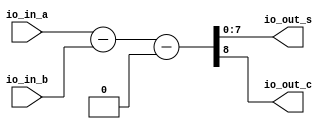
module full_subber(
  input  [7:0] io_in_a,
  input  [7:0] io_in_b,
  output [7:0] io_out_s,
  output       io_out_c
);
  wire [8:0] _result_T = io_in_a - io_in_b; // @[BinaryDesigns.scala 69:23]
  wire [9:0] _result_T_2 = _result_T - 9'h0; // @[BinaryDesigns.scala 69:34]
  wire [8:0] result = _result_T_2[8:0]; // @[BinaryDesigns.scala 68:22 69:12]
  assign io_out_s = result[7:0]; // @[BinaryDesigns.scala 70:23]
  assign io_out_c = result[8]; // @[BinaryDesigns.scala 71:23]
endmodule
module twoscomplement(
  input  [7:0] io_in,
  output [7:0] io_out
);
  wire [7:0] _x_T = ~io_in; // @[BinaryDesigns.scala 25:16]
  assign io_out = 8'h1 + _x_T; // @[BinaryDesigns.scala 25:14]
endmodule
module full_adder(
  input  [23:0] io_in_a,
  input  [23:0] io_in_b,
  output [23:0] io_out_s,
  output        io_out_c
);
  wire [24:0] _result_T = io_in_a + io_in_b; // @[BinaryDesigns.scala 55:23]
  wire [25:0] _result_T_1 = {{1'd0}, _result_T}; // @[BinaryDesigns.scala 55:34]
  wire [24:0] result = _result_T_1[24:0]; // @[BinaryDesigns.scala 54:22 55:12]
  assign io_out_s = result[23:0]; // @[BinaryDesigns.scala 56:23]
  assign io_out_c = result[24]; // @[BinaryDesigns.scala 57:23]
endmodule
module twoscomplement_1(
  input  [23:0] io_in,
  output [23:0] io_out
);
  wire [23:0] _x_T = ~io_in; // @[BinaryDesigns.scala 25:16]
  assign io_out = 24'h1 + _x_T; // @[BinaryDesigns.scala 25:14]
endmodule
module shifter(
  input  [23:0] io_in_a,
  input  [4:0]  io_in_b,
  output [23:0] io_out_s
);
  wire [23:0] _result_T = io_in_a >> io_in_b; // @[BinaryDesigns.scala 39:25]
  wire [54:0] _GEN_0 = {{31'd0}, _result_T}; // @[BinaryDesigns.scala 38:26 39:14 41:14]
  assign io_out_s = _GEN_0[23:0]; // @[BinaryDesigns.scala 36:22]
endmodule
module leadingOneDetector(
  input  [23:0] io_in,
  output [4:0]  io_out
);
  wire [1:0] _hotValue_T = io_in[1] ? 2'h2 : 2'h1; // @[Mux.scala 47:70]
  wire [1:0] _hotValue_T_1 = io_in[2] ? 2'h3 : _hotValue_T; // @[Mux.scala 47:70]
  wire [2:0] _hotValue_T_2 = io_in[3] ? 3'h4 : {{1'd0}, _hotValue_T_1}; // @[Mux.scala 47:70]
  wire [2:0] _hotValue_T_3 = io_in[4] ? 3'h5 : _hotValue_T_2; // @[Mux.scala 47:70]
  wire [2:0] _hotValue_T_4 = io_in[5] ? 3'h6 : _hotValue_T_3; // @[Mux.scala 47:70]
  wire [2:0] _hotValue_T_5 = io_in[6] ? 3'h7 : _hotValue_T_4; // @[Mux.scala 47:70]
  wire [3:0] _hotValue_T_6 = io_in[7] ? 4'h8 : {{1'd0}, _hotValue_T_5}; // @[Mux.scala 47:70]
  wire [3:0] _hotValue_T_7 = io_in[8] ? 4'h9 : _hotValue_T_6; // @[Mux.scala 47:70]
  wire [3:0] _hotValue_T_8 = io_in[9] ? 4'ha : _hotValue_T_7; // @[Mux.scala 47:70]
  wire [3:0] _hotValue_T_9 = io_in[10] ? 4'hb : _hotValue_T_8; // @[Mux.scala 47:70]
  wire [3:0] _hotValue_T_10 = io_in[11] ? 4'hc : _hotValue_T_9; // @[Mux.scala 47:70]
  wire [3:0] _hotValue_T_11 = io_in[12] ? 4'hd : _hotValue_T_10; // @[Mux.scala 47:70]
  wire [3:0] _hotValue_T_12 = io_in[13] ? 4'he : _hotValue_T_11; // @[Mux.scala 47:70]
  wire [3:0] _hotValue_T_13 = io_in[14] ? 4'hf : _hotValue_T_12; // @[Mux.scala 47:70]
  wire [4:0] _hotValue_T_14 = io_in[15] ? 5'h10 : {{1'd0}, _hotValue_T_13}; // @[Mux.scala 47:70]
  wire [4:0] _hotValue_T_15 = io_in[16] ? 5'h11 : _hotValue_T_14; // @[Mux.scala 47:70]
  wire [4:0] _hotValue_T_16 = io_in[17] ? 5'h12 : _hotValue_T_15; // @[Mux.scala 47:70]
  wire [4:0] _hotValue_T_17 = io_in[18] ? 5'h13 : _hotValue_T_16; // @[Mux.scala 47:70]
  wire [4:0] _hotValue_T_18 = io_in[19] ? 5'h14 : _hotValue_T_17; // @[Mux.scala 47:70]
  wire [4:0] _hotValue_T_19 = io_in[20] ? 5'h15 : _hotValue_T_18; // @[Mux.scala 47:70]
  wire [4:0] _hotValue_T_20 = io_in[21] ? 5'h16 : _hotValue_T_19; // @[Mux.scala 47:70]
  wire [4:0] _hotValue_T_21 = io_in[22] ? 5'h17 : _hotValue_T_20; // @[Mux.scala 47:70]
  assign io_out = io_in[23] ? 5'h18 : _hotValue_T_21; // @[Mux.scala 47:70]
endmodule
module FP_adder(
  input         clock,
  input         reset,
  input  [31:0] io_in_a,
  input  [31:0] io_in_b,
  output [31:0] io_out_s
);
`ifdef RANDOMIZE_REG_INIT
  reg [31:0] _RAND_0;
`endif // RANDOMIZE_REG_INIT
  wire [7:0] subber_io_in_a; // @[FloatingPointDesigns.scala 78:24]
  wire [7:0] subber_io_in_b; // @[FloatingPointDesigns.scala 78:24]
  wire [7:0] subber_io_out_s; // @[FloatingPointDesigns.scala 78:24]
  wire  subber_io_out_c; // @[FloatingPointDesigns.scala 78:24]
  wire [7:0] complement_io_in; // @[FloatingPointDesigns.scala 84:28]
  wire [7:0] complement_io_out; // @[FloatingPointDesigns.scala 84:28]
  wire [23:0] adder_io_in_a; // @[FloatingPointDesigns.scala 88:23]
  wire [23:0] adder_io_in_b; // @[FloatingPointDesigns.scala 88:23]
  wire [23:0] adder_io_out_s; // @[FloatingPointDesigns.scala 88:23]
  wire  adder_io_out_c; // @[FloatingPointDesigns.scala 88:23]
  wire [23:0] complementN_0_io_in; // @[FloatingPointDesigns.scala 94:31]
  wire [23:0] complementN_0_io_out; // @[FloatingPointDesigns.scala 94:31]
  wire [23:0] complementN_1_io_in; // @[FloatingPointDesigns.scala 96:31]
  wire [23:0] complementN_1_io_out; // @[FloatingPointDesigns.scala 96:31]
  wire [23:0] shifter_io_in_a; // @[FloatingPointDesigns.scala 100:25]
  wire [4:0] shifter_io_in_b; // @[FloatingPointDesigns.scala 100:25]
  wire [23:0] shifter_io_out_s; // @[FloatingPointDesigns.scala 100:25]
  wire [23:0] complementN_2_io_in; // @[FloatingPointDesigns.scala 145:31]
  wire [23:0] complementN_2_io_out; // @[FloatingPointDesigns.scala 145:31]
  wire [23:0] leadingOneFinder_io_in; // @[FloatingPointDesigns.scala 165:34]
  wire [4:0] leadingOneFinder_io_out; // @[FloatingPointDesigns.scala 165:34]
  wire [7:0] subber2_io_in_a; // @[FloatingPointDesigns.scala 167:25]
  wire [7:0] subber2_io_in_b; // @[FloatingPointDesigns.scala 167:25]
  wire [7:0] subber2_io_out_s; // @[FloatingPointDesigns.scala 167:25]
  wire  subber2_io_out_c; // @[FloatingPointDesigns.scala 167:25]
  wire  sign_0 = io_in_a[31]; // @[FloatingPointDesigns.scala 40:23]
  wire  sign_1 = io_in_b[31]; // @[FloatingPointDesigns.scala 41:23]
  wire [8:0] _T_2 = 9'h100 - 9'h2; // @[FloatingPointDesigns.scala 45:62]
  wire [8:0] _GEN_31 = {{1'd0}, io_in_a[30:23]}; // @[FloatingPointDesigns.scala 45:34]
  wire [8:0] _GEN_0 = _GEN_31 > _T_2 ? _T_2 : {{1'd0}, io_in_a[30:23]}; // @[FloatingPointDesigns.scala 45:68 46:14 48:14]
  wire [8:0] _GEN_32 = {{1'd0}, io_in_b[30:23]}; // @[FloatingPointDesigns.scala 50:34]
  wire [8:0] _GEN_1 = _GEN_32 > _T_2 ? _T_2 : {{1'd0}, io_in_b[30:23]}; // @[FloatingPointDesigns.scala 50:68 51:14 53:14]
  wire [22:0] frac_0 = io_in_a[22:0]; // @[FloatingPointDesigns.scala 58:23]
  wire [22:0] frac_1 = io_in_b[22:0]; // @[FloatingPointDesigns.scala 59:23]
  wire [23:0] whole_frac_0 = {1'h1,frac_0}; // @[FloatingPointDesigns.scala 63:26]
  wire [23:0] whole_frac_1 = {1'h1,frac_1}; // @[FloatingPointDesigns.scala 64:26]
  wire [7:0] exp_1 = _GEN_1[7:0]; // @[FloatingPointDesigns.scala 44:19]
  wire [7:0] exp_0 = _GEN_0[7:0]; // @[FloatingPointDesigns.scala 44:19]
  wire [7:0] out_exp = subber_io_out_c ? exp_1 : exp_0; // @[FloatingPointDesigns.scala 106:34 107:15 117:15]
  wire [7:0] sub_exp = subber_io_out_c ? complement_io_out : subber_io_out_s; // @[FloatingPointDesigns.scala 106:34 108:15 118:15]
  wire  out_s = subber_io_out_c ? sign_1 : sign_0; // @[FloatingPointDesigns.scala 106:34 109:13 119:13]
  wire [22:0] out_frac = subber_io_out_c ? frac_1 : frac_0; // @[FloatingPointDesigns.scala 106:34 110:16 120:16]
  wire [23:0] _GEN_8 = subber_io_out_c ? shifter_io_out_s : whole_frac_0; // @[FloatingPointDesigns.scala 106:34 114:21 89:19]
  wire [23:0] _GEN_9 = subber_io_out_c ? whole_frac_1 : shifter_io_out_s; // @[FloatingPointDesigns.scala 106:34 90:19 124:21]
  wire  _new_s_T = ~adder_io_out_c; // @[FloatingPointDesigns.scala 140:15]
  wire  _D_T_1 = sign_0 ^ sign_1; // @[FloatingPointDesigns.scala 153:39]
  wire  D = _new_s_T | sign_0 ^ sign_1; // @[FloatingPointDesigns.scala 153:28]
  wire  E = _new_s_T & ~adder_io_out_s[23] | _new_s_T & ~_D_T_1 | adder_io_out_c & adder_io_out_s[23] & _D_T_1; // @[FloatingPointDesigns.scala 156:99]
  wire  _GEN_25 = sub_exp >= 8'h17 ? out_s : ~adder_io_out_c & sign_0 | sign_0 & sign_1 | ~adder_io_out_c & sign_1; // @[FloatingPointDesigns.scala 140:11 175:39 176:13]
  wire  new_s = io_in_a[30:0] == 31'h0 & io_in_b[30:0] == 31'h0 ? 1'h0 : _GEN_25; // @[FloatingPointDesigns.scala 171:62 172:13]
  wire [23:0] adder_result = new_s & sign_0 != sign_1 ? complementN_2_io_out : adder_io_out_s; // @[FloatingPointDesigns.scala 159:18 160:47 161:20]
  wire [4:0] _subber2_io_in_b_T_1 = 5'h18 - leadingOneFinder_io_out; // @[FloatingPointDesigns.scala 169:42]
  wire [8:0] _GEN_33 = {{1'd0}, out_exp}; // @[FloatingPointDesigns.scala 183:20]
  wire [23:0] _new_out_frac_T_2 = 24'h800000 - 24'h1; // @[FloatingPointDesigns.scala 185:51]
  wire [7:0] _new_out_exp_T_3 = out_exp + 8'h1; // @[FloatingPointDesigns.scala 187:32]
  wire [8:0] _GEN_13 = _GEN_33 == _T_2 ? _T_2 : {{1'd0}, _new_out_exp_T_3}; // @[FloatingPointDesigns.scala 183:56 184:21 187:21]
  wire [23:0] _GEN_14 = _GEN_33 == _T_2 ? _new_out_frac_T_2 : {{1'd0}, adder_result[23:1]}; // @[FloatingPointDesigns.scala 183:56 185:22 188:22]
  wire [53:0] _GEN_2 = {{31'd0}, adder_result[22:0]}; // @[FloatingPointDesigns.scala 199:57]
  wire [53:0] _new_out_frac_T_7 = _GEN_2 << _subber2_io_in_b_T_1; // @[FloatingPointDesigns.scala 199:57]
  wire [7:0] _GEN_15 = subber2_io_out_c ? 8'h1 : subber2_io_out_s; // @[FloatingPointDesigns.scala 194:39 195:23 198:23]
  wire [53:0] _GEN_16 = subber2_io_out_c ? 54'h400000 : _new_out_frac_T_7; // @[FloatingPointDesigns.scala 194:39 196:24 199:24]
  wire [7:0] _GEN_17 = leadingOneFinder_io_out == 5'h1 & adder_result == 24'h0 & (_D_T_1 & io_in_a[30:0] == io_in_b[30:0
    ]) ? 8'h0 : _GEN_15; // @[FloatingPointDesigns.scala 191:141 192:21]
  wire [53:0] _GEN_18 = leadingOneFinder_io_out == 5'h1 & adder_result == 24'h0 & (_D_T_1 & io_in_a[30:0] == io_in_b[30:
    0]) ? 54'h0 : _GEN_16; // @[FloatingPointDesigns.scala 191:141 141:18]
  wire [7:0] _GEN_19 = D ? _GEN_17 : 8'h0; // @[FloatingPointDesigns.scala 142:17 190:26]
  wire [53:0] _GEN_20 = D ? _GEN_18 : 54'h0; // @[FloatingPointDesigns.scala 141:18 190:26]
  wire [8:0] _GEN_21 = ~D ? _GEN_13 : {{1'd0}, _GEN_19}; // @[FloatingPointDesigns.scala 182:26]
  wire [53:0] _GEN_22 = ~D ? {{30'd0}, _GEN_14} : _GEN_20; // @[FloatingPointDesigns.scala 182:26]
  wire [8:0] _GEN_23 = E ? {{1'd0}, out_exp} : _GEN_21; // @[FloatingPointDesigns.scala 179:26 180:19]
  wire [53:0] _GEN_24 = E ? {{31'd0}, adder_result[22:0]} : _GEN_22; // @[FloatingPointDesigns.scala 179:26 181:20]
  wire [53:0] _GEN_26 = sub_exp >= 8'h17 ? {{31'd0}, out_frac} : _GEN_24; // @[FloatingPointDesigns.scala 175:39 177:20]
  wire [8:0] _GEN_27 = sub_exp >= 8'h17 ? {{1'd0}, out_exp} : _GEN_23; // @[FloatingPointDesigns.scala 175:39 178:19]
  wire [8:0] _GEN_29 = io_in_a[30:0] == 31'h0 & io_in_b[30:0] == 31'h0 ? 9'h0 : _GEN_27; // @[FloatingPointDesigns.scala 171:62 173:19]
  wire [53:0] _GEN_30 = io_in_a[30:0] == 31'h0 & io_in_b[30:0] == 31'h0 ? 54'h0 : _GEN_26; // @[FloatingPointDesigns.scala 171:62 174:20]
  reg [31:0] reg_out_s; // @[FloatingPointDesigns.scala 203:28]
  wire [7:0] new_out_exp = _GEN_29[7:0]; // @[FloatingPointDesigns.scala 139:27]
  wire [22:0] new_out_frac = _GEN_30[22:0]; // @[FloatingPointDesigns.scala 138:28]
  wire [31:0] _reg_out_s_T_1 = {new_s,new_out_exp,new_out_frac}; // @[FloatingPointDesigns.scala 205:39]
  full_subber subber ( // @[FloatingPointDesigns.scala 78:24]
    .io_in_a(subber_io_in_a),
    .io_in_b(subber_io_in_b),
    .io_out_s(subber_io_out_s),
    .io_out_c(subber_io_out_c)
  );
  twoscomplement complement ( // @[FloatingPointDesigns.scala 84:28]
    .io_in(complement_io_in),
    .io_out(complement_io_out)
  );
  full_adder adder ( // @[FloatingPointDesigns.scala 88:23]
    .io_in_a(adder_io_in_a),
    .io_in_b(adder_io_in_b),
    .io_out_s(adder_io_out_s),
    .io_out_c(adder_io_out_c)
  );
  twoscomplement_1 complementN_0 ( // @[FloatingPointDesigns.scala 94:31]
    .io_in(complementN_0_io_in),
    .io_out(complementN_0_io_out)
  );
  twoscomplement_1 complementN_1 ( // @[FloatingPointDesigns.scala 96:31]
    .io_in(complementN_1_io_in),
    .io_out(complementN_1_io_out)
  );
  shifter shifter ( // @[FloatingPointDesigns.scala 100:25]
    .io_in_a(shifter_io_in_a),
    .io_in_b(shifter_io_in_b),
    .io_out_s(shifter_io_out_s)
  );
  twoscomplement_1 complementN_2 ( // @[FloatingPointDesigns.scala 145:31]
    .io_in(complementN_2_io_in),
    .io_out(complementN_2_io_out)
  );
  leadingOneDetector leadingOneFinder ( // @[FloatingPointDesigns.scala 165:34]
    .io_in(leadingOneFinder_io_in),
    .io_out(leadingOneFinder_io_out)
  );
  full_subber subber2 ( // @[FloatingPointDesigns.scala 167:25]
    .io_in_a(subber2_io_in_a),
    .io_in_b(subber2_io_in_b),
    .io_out_s(subber2_io_out_s),
    .io_out_c(subber2_io_out_c)
  );
  assign io_out_s = reg_out_s; // @[FloatingPointDesigns.scala 207:14]
  assign subber_io_in_a = _GEN_0[7:0]; // @[FloatingPointDesigns.scala 44:19]
  assign subber_io_in_b = _GEN_1[7:0]; // @[FloatingPointDesigns.scala 44:19]
  assign complement_io_in = subber_io_out_s; // @[FloatingPointDesigns.scala 85:22]
  assign adder_io_in_a = sign_0 & ~sign_1 ? complementN_0_io_out : _GEN_8; // @[FloatingPointDesigns.scala 129:45 130:21]
  assign adder_io_in_b = sign_1 & ~sign_0 ? complementN_1_io_out : _GEN_9; // @[FloatingPointDesigns.scala 133:45 134:21]
  assign complementN_0_io_in = subber_io_out_c ? shifter_io_out_s : whole_frac_0; // @[FloatingPointDesigns.scala 106:34 114:21 89:19]
  assign complementN_1_io_in = subber_io_out_c ? whole_frac_1 : shifter_io_out_s; // @[FloatingPointDesigns.scala 106:34 90:19 124:21]
  assign shifter_io_in_a = subber_io_out_c ? whole_frac_0 : whole_frac_1; // @[FloatingPointDesigns.scala 106:34 111:23 121:23]
  assign shifter_io_in_b = sub_exp[4:0];
  assign complementN_2_io_in = adder_io_out_s; // @[FloatingPointDesigns.scala 146:25]
  assign leadingOneFinder_io_in = new_s & sign_0 != sign_1 ? complementN_2_io_out : adder_io_out_s; // @[FloatingPointDesigns.scala 159:18 160:47 161:20]
  assign subber2_io_in_a = subber_io_out_c ? exp_1 : exp_0; // @[FloatingPointDesigns.scala 106:34 107:15 117:15]
  assign subber2_io_in_b = {{3'd0}, _subber2_io_in_b_T_1}; // @[FloatingPointDesigns.scala 169:21]
  always @(posedge clock) begin
    if (reset) begin // @[FloatingPointDesigns.scala 203:28]
      reg_out_s <= 32'h0; // @[FloatingPointDesigns.scala 203:28]
    end else begin
      reg_out_s <= _reg_out_s_T_1; // @[FloatingPointDesigns.scala 205:15]
    end
  end
// Register and memory initialization
`ifdef RANDOMIZE_GARBAGE_ASSIGN
`define RANDOMIZE
`endif
`ifdef RANDOMIZE_INVALID_ASSIGN
`define RANDOMIZE
`endif
`ifdef RANDOMIZE_REG_INIT
`define RANDOMIZE
`endif
`ifdef RANDOMIZE_MEM_INIT
`define RANDOMIZE
`endif
`ifndef RANDOM
`define RANDOM $random
`endif
`ifdef RANDOMIZE_MEM_INIT
  integer initvar;
`endif
`ifndef SYNTHESIS
`ifdef FIRRTL_BEFORE_INITIAL
`FIRRTL_BEFORE_INITIAL
`endif
initial begin
  `ifdef RANDOMIZE
    `ifdef INIT_RANDOM
      `INIT_RANDOM
    `endif
    `ifndef VERILATOR
      `ifdef RANDOMIZE_DELAY
        #`RANDOMIZE_DELAY begin end
      `else
        #0.002 begin end
      `endif
    `endif
`ifdef RANDOMIZE_REG_INIT
  _RAND_0 = {1{`RANDOM}};
  reg_out_s = _RAND_0[31:0];
`endif // RANDOMIZE_REG_INIT
  `endif // RANDOMIZE
end // initial
`ifdef FIRRTL_AFTER_INITIAL
`FIRRTL_AFTER_INITIAL
`endif
`endif // SYNTHESIS
endmodule